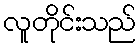
လူတိုင်းသည်